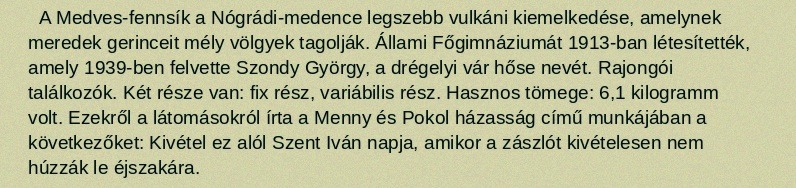
A Medves-fennsík a Nógrádi-medence legszebb vulkáni kiemelkedése, amelynek meredek gerinceit mély völgyek tagolják. Állami Főgimnáziumát 1913-ban létesítették, amely 1939-ben felvette Szondy György, a drégelyi vár hőse nevét. Rajongói találkozók. Két része van: fix rész, variábilis rész. Hasznos tömege: 6,1 kilogramm volt. Ezekről a látomásokról írta a Menny és Pokol házasság című munkájában a következőket: Kivétel ez alól Szent Iván napja, amikor a zászlót kivételesen nem húzzák le éjszakára.